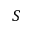
S